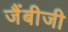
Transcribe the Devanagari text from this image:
जैंबीजी